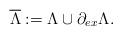
LaTeX: \begin{align*}\overline{\Lambda}:=\Lambda\cup \partial_{ex}\Lambda.\end{align*}